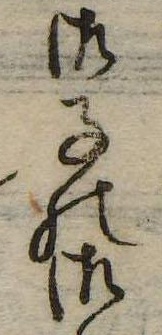
御子の御